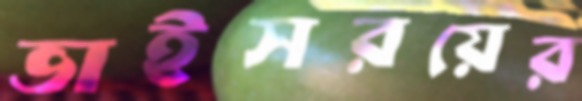
ভাইসরয়ের